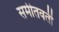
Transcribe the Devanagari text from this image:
समीतवर्ती